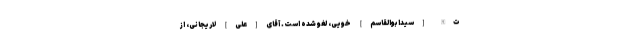
ت‌الله [سیدابوالقاسم] خویى، لغو شده است. آقاى [علی] لاریجانى، از